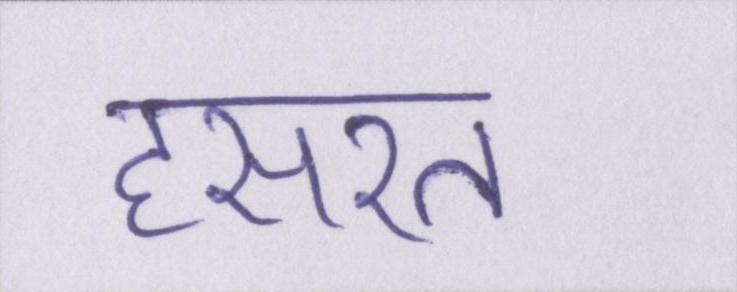
हसरत